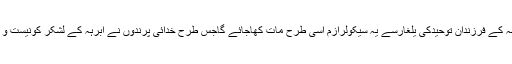
ﷲ تعالی نے چاہاتو امت مسلمہ کے فرزندان توحیدکی یلغارسے یہ سیکولرازم اسی طرح مات کھاجائے گاجس طرح خدائی پرندوں نے ابرہہ کے لشکر کونیست و نابود کر دیاتھا، انشااﷲ تعالی۔